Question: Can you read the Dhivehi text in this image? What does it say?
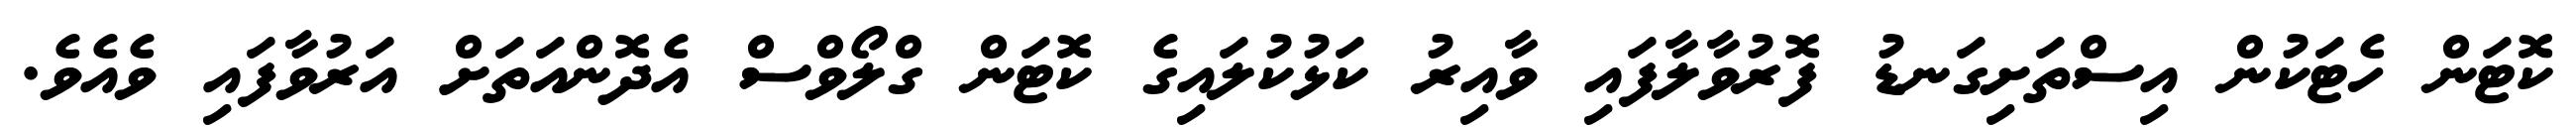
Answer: ކޮޓަން ހެޓަކުން އިސްތަށިގަނޑު ފޮރުވާލާފައި ވާއިރު ކަޅުކުލައިގެ ކޮޓަން ގްލޯވްސް އެދޮންއަތަށް އަރުވާފައި ވެއެވެ.